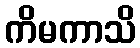
ကိမကာသိ